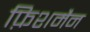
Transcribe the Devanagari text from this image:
फ़िशमैन